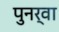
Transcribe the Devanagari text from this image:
पुनर्वा